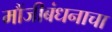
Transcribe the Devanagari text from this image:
मौंजीबंधनाचा